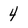
Character: 4